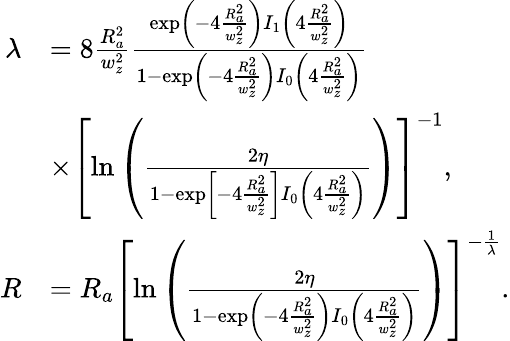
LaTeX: \begin{array}{rl}{\lambda}&{=8\frac{R_{a}^{2}}{w_{z}^{2}}\frac{\exp\left(-4\frac{R_{a}^{2}}{w_{z}^{2}}\right){I}_{1}\left(4\frac{R_{a}^{2}}{w_{z}^{2}}\right)}{1-\exp\left(-4\frac{R_{a}^{2}}{w_{z}^{2}}\right){I}_{0}\left(4\frac{R_{a}^{2}}{w_{z}^{2}}\right)}}\\ &{\times\left[\ln\left(\frac{2\eta}{1-\exp\left[-4\frac{R_{a}^{2}}{w_{z}^{2}}\right]{I}_{0}\left(4\frac{R_{a}^{2}}{w_{z}^{2}}\right)}\right)\right]^{-1},}\\ {R}&{=R_{a}\left[\ln\left(\frac{2\eta}{1-\exp\left(-4\frac{R_{a}^{2}}{w_{z}^{2}}\right){I}_{0}\left(4\frac{R_{a}^{2}}{w_{z}^{2}}\right)}\right)\right]^{-\frac{1}{\lambda}}.}\end{array}